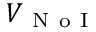
V _ { \mathrm { ~ N ~ o ~ I ~ } }